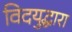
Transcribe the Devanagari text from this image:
विदयुद्धारा